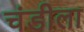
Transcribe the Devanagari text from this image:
चंडीला